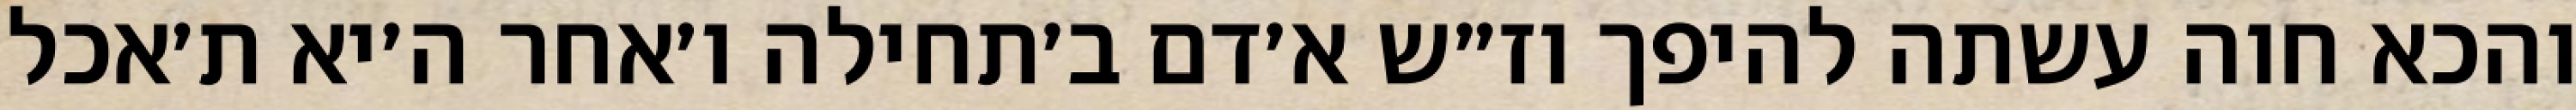
והכא חוה עשתה להיפך וז״ש א׳דם ב׳תחילה ו׳אחר ה׳יא ת׳אכל